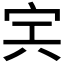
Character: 𡧢